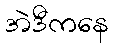
အဲဒီကနေ